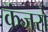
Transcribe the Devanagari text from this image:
कंजरो